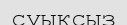
суықсыз